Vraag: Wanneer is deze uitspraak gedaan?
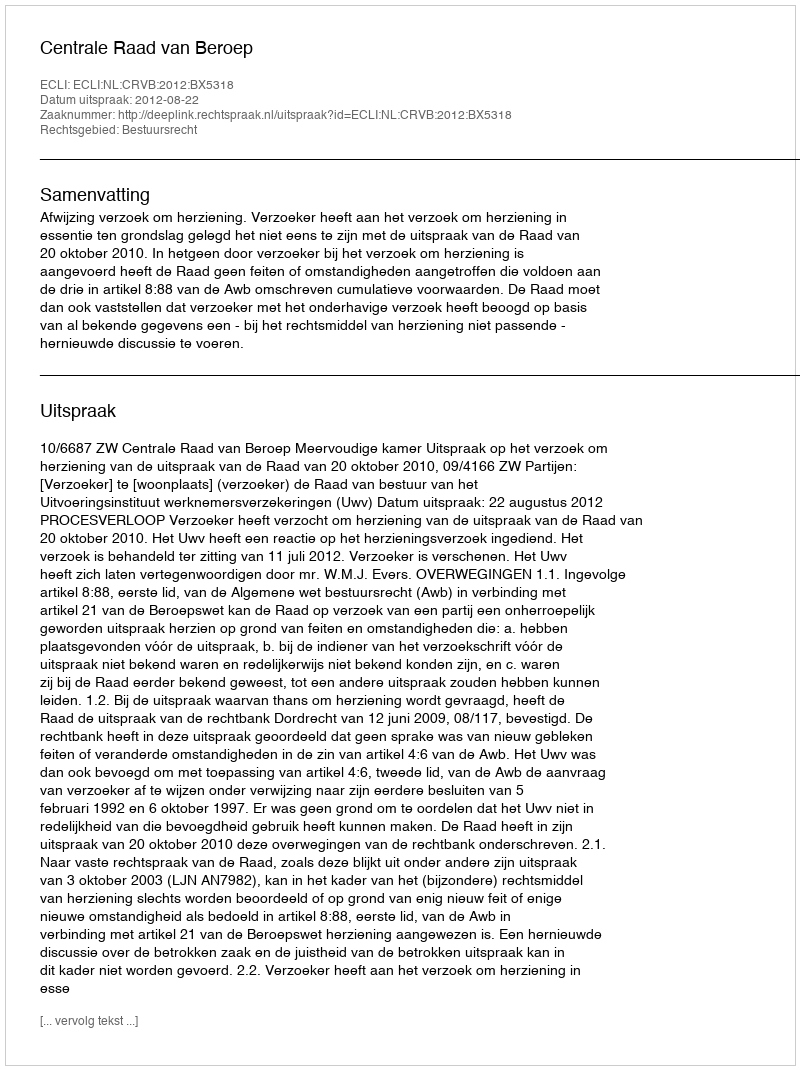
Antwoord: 2012-08-22